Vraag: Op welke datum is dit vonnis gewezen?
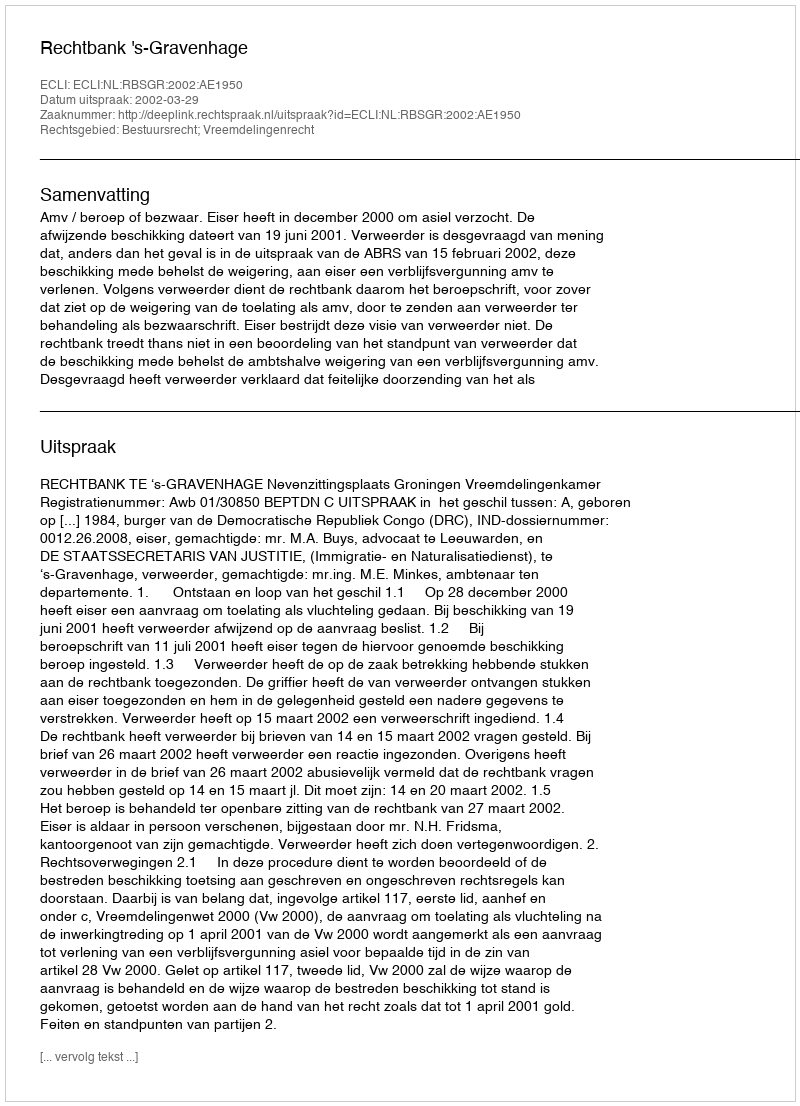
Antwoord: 2002-03-29